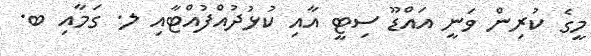
މީގެ ކުރިން ވަނީ އައްޑޫ ސިޓީ އާއި ކުޅުދުއްފުއްޓާއި ލ. ގަމާއި ބ.